Medical and sanitary report on the native army of Bombay for the year
Year: 1877
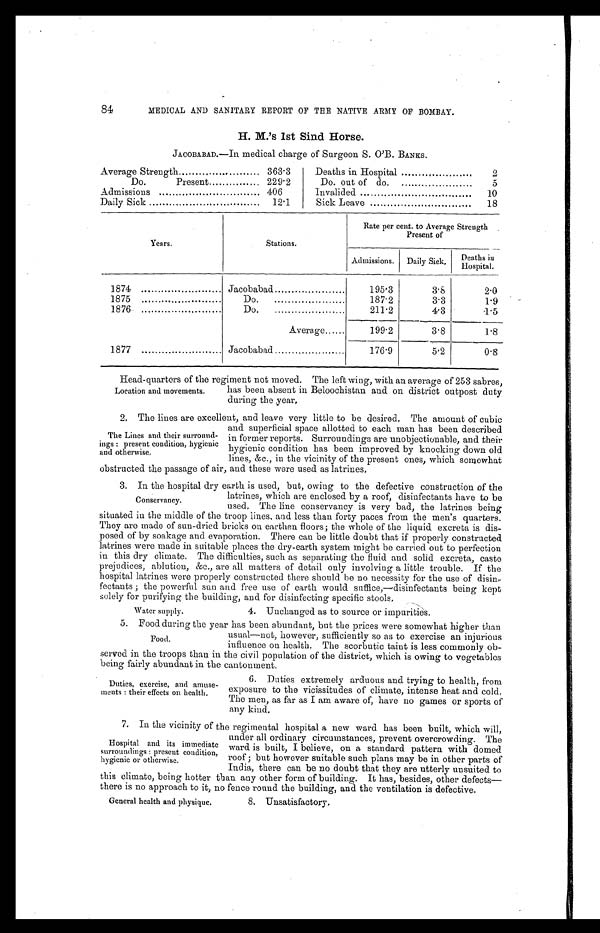
84
MEDICAL AND SANITARY REPORT OF TEE NATIVE ARMY OF BOMBAY.
H. M.'s 1st Sind Horse.
JACOBABAD.—In medical charge of Surgeon S. O'B. BANKS.
Average Strength
363.3
Deaths in Hospital
2
Do.
Present
229.2
Do out of do.
5
Admissions
406
Invalided
10
Daily Sick
12.1
Sick Leave
18
Years.
Stations.
Rate per cent. to Average Strength
Present of
_
Admissions.
Daily Sick.
Deaths in
Hospital.
1874
Jacobabad
195.3
3.8
2.0
1875
Do.
187.2
3.3
1.9
1876
Do.
211.2
4.3
1.5
Average......
199.2
3.8
1.8
1877
Jacobabad
176.9
5.2
0.8
Location and movements.
Head-quarters of the regiment not moved. The left wing, with an average of 253 sabres,
has been absent in Beloochistan and on district outpost duty
during the year.
The Lines and their surround
- i n g s : p r e s e n t c o n d i t i o n , h y g i e n i c
and otherwise .
2 . T h e l i n e s a r e e x c e l l e n t , a n d l e a v e v e r y l i t t l e t o b e d e s i r e d . T h e a m o u n t o f c u b i c
and superficial space allotted to each man has been described
in former reports. Surroundings are unobjectionable, and their
hygienic condition has been improved by knocking down old
lines, &c., in the vicinity of the present ones, which somewhat
obstructed the passage of air, and these were used as latrines.
Conservancy.
3. In the hospital dry earth is used, but, owing to the defective construction of the
latrines, which are enclosed by a roof, disinfectants have to be
used. The line conservancy is very bad, the latrines being
situated in. the middle of the troop lines, and less than forty paces from the men's quarters.
They are made of sun-dried bricks on earthen floors; the whole of the liquid excreta is dis-
posed of by soakage and evaporation. There can be little doubt that if properly constructed
latrines were made in suitable places the dry-earth system might be carried out to perfection
in this dry climate. The difficulties, such as separating the fluid and solid excreta, caste
prejudices, ablution, &c., are all matters of detail only involving a little trouble. If the
hospital latrines were properly constructed there should be no necessity for the use of disin-
fectants ; the powerful sun and free use of earth would suffice,—disinfectants being kept
solely for purifying the building, and for disinfecting specific stools.
Water supply.
4. Unchanged as to source or impurities.
Food.
5. Food during the year has been abundant, but the prices were somewhat higher than
usual—not, however, sufficiently so as to exercise an injurious
influence on health. The scorbutic taint is less commonly ob-
served in the troops than in the civil population of the district, which is owing to vegetables
being fairly abundant in the cantonment.
Duties, exercise, and amuse-
ments : their effects on health.
6. Duties extremely arduous and trying to health, from
exposure to the vicissitudes of climate, intense heat and cold.
The men, as far as I am aware of, have no games or sports of
any kind.
Hospital and its immediate
surroundings : present condition,
hygienic or otherwise.
7. In the vicinity of the regimental hospital a new ward has been built, which will,
under all ordinary circumstances, prevent overcrowding. The
ward is built, I believe, on a standard pattern with domed
roof ; but however suitable such plans may be in other parts of
India, there can be no doubt that they are utterly unsuited to
this climate, being hotter than any other form of building. It has, besides, other defects—
there is no approach to it, no fence round the building, and the ventilation is defective.
General health and physique.
8. Unsatisfactory.